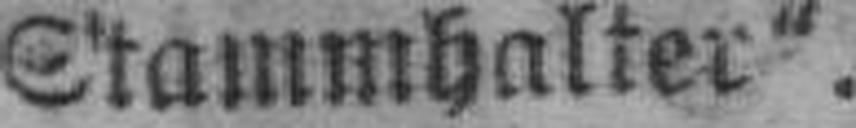
Stammhalter“.